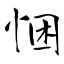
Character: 悃